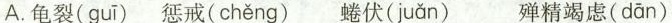
A.\underset{·}{龟}裂( guī )\underset{·}{惩}戒( chěng ) \underset{·}{蜷}伏( juǎn ) \underset{·}{殚}精竭虑( dǎn )